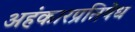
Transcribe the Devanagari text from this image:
अहंकारप्रतिषेध